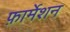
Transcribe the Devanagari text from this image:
फ़ार्मेशन